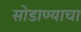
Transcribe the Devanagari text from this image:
सोडाण्याचा